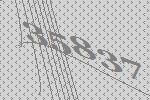
35837